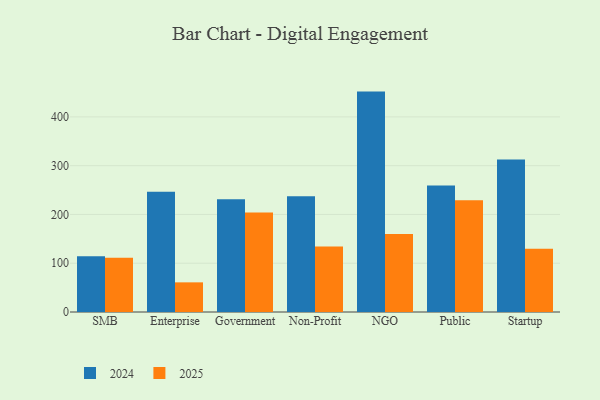
{"axis": {"x": "Segment", "y": "Shipments"}, "legend": ["2024", "2025"], "data": [{"x": "SMB", "y": 114.4, "type": "2024"}, {"x": "SMB", "y": 111.4, "type": "2025"}, {"x": "Enterprise", "y": 246.4, "type": "2024"}, {"x": "Enterprise", "y": 60.8, "type": "2025"}, {"x": "Government", "y": 231.0, "type": "2024"}, {"x": "Government", "y": 204.0, "type": "2025"}, {"x": "Non-Profit", "y": 237.3, "type": "2024"}, {"x": "Non-Profit", "y": 134.2, "type": "2025"}, {"x": "NGO", "y": 451.9, "type": "2024"}, {"x": "NGO", "y": 159.8, "type": "2025"}, {"x": "Public", "y": 259.5, "type": "2024"}, {"x": "Public", "y": 228.9, "type": "2025"}, {"x": "Startup", "y": 312.6, "type": "2024"}, {"x": "Startup", "y": 129.9, "type": "2025"}]}